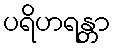
ပရိဟရန္တာ